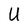
Character: U